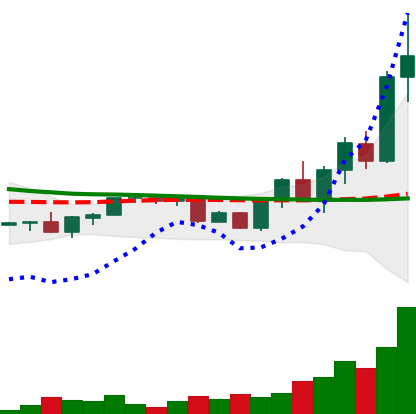
Ticker: XRP-USD
Chart end date: 2022-09-23
Forward return: -11.14%
Label: down_7plus